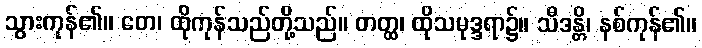
သွားကုန်၏။ တေ၊ ထိုကုန်သည်တို့သည်။ တတ္ထ၊ ထိုသမုဒ္ဒရာ၌။ သီဒန္တိ၊ နစ်ကုန်၏။